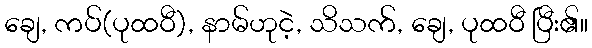
ချေ, ကပ်(ပုထဝီ), နာမ်ဟုငဲ့, သိသက်, ချေ, ပုထဝီ ပြီး၏။